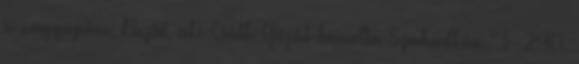
a nagyapám, Dezső, aki Csáth Gézát boncolta Szabadkán." I 240.